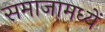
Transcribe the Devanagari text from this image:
समाजामध्यें